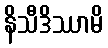
နိသီဒိဿာမိ